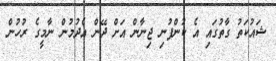
ޝައުކަތު ގާތުގައި އެ ކުންފުނި ޖިނާން އަށް ދޭން އެދުމުން ނާމީގެ ރުހުން